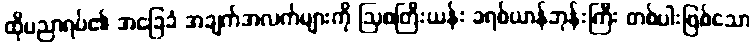
ထိုပညာရပ်၏ အခြေခံ အချက်အလက်များကို ဩစတြီးယန်း ခရစ်ယာန်ဘုန်းကြီး တစ်ပါးဖြစ်သော